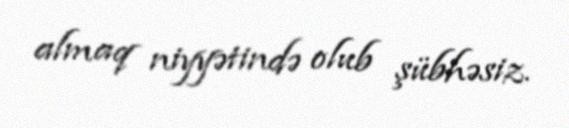
almaq niyyətində olub şübhəsiz.